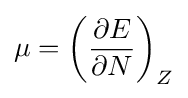
\mu =\left({\frac {\partial E}{\partial N}}\right)_{Z}